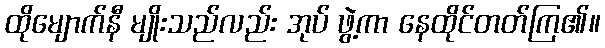
ထိုမျောက်နီ မျိုးသည်လည်း အုပ် ဖွဲ့ကာ နေထိုင်တတ်ကြ၏။